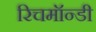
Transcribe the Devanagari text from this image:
रिचमॉन्डी